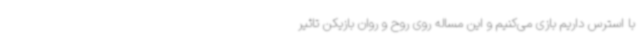
با استرس داریم بازی می‌کنیم و این مساله روی روح و روان بازیکن تاثیر